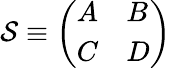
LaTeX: {\cal S}\equiv\left(\begin{array}{ll}{{A}}&{{B}}\\ {{C}}&{{D}}\end{array}\right)